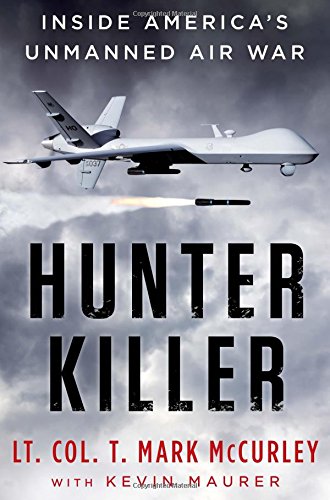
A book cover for Hunter Killer: Inside America's Unmanned Air War; T. Mark Mccurley; History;